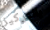
بالتركيز